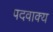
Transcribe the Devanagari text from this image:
पदवाक्य